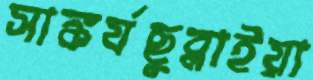
সাঙ্কর্যছুব্‌লাইয়া